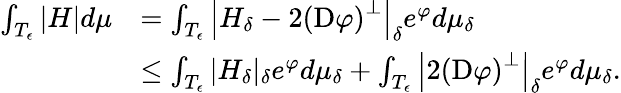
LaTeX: \begin{array}{rl}{\int_{T_{\epsilon}}|H|d\mu}&{=\int_{T_{\epsilon}}\left|H_{\delta}-2\left(\mathrm D\varphi\right)^{\perp}\right|_{\delta}e^{\varphi}d\mu_{\delta}}\\ &{\leq\int_{T_{\epsilon}}|H_{\delta}|_{\delta}e^{\varphi}d\mu_{\delta}+\int_{T_{\epsilon}}\left|2\left(\mathrm D\varphi\right)^{\perp}\right|_{\delta}e^{\varphi}d\mu_{\delta}.}\end{array}